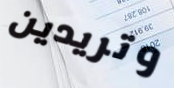
وتريدين